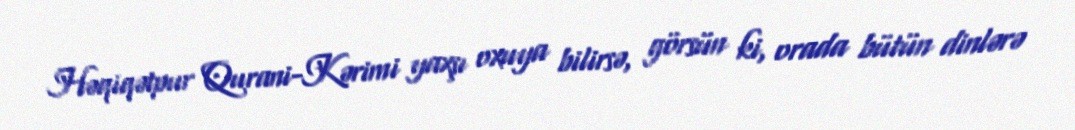
Həqiqətpur Qurani-Kərimi yaxşı oxuya bilirsə, görsün ki, orada bütün dinlərə